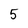
Character: 5